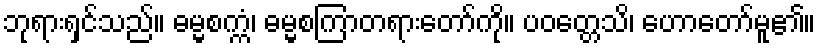
ဘုရားရှင်သည်။ ဓမ္မစက္ကံ၊ ဓမ္မစကြာတရားတော်ကို။ ပဝတ္တေသိ၊ ဟောတော်မူ၏။